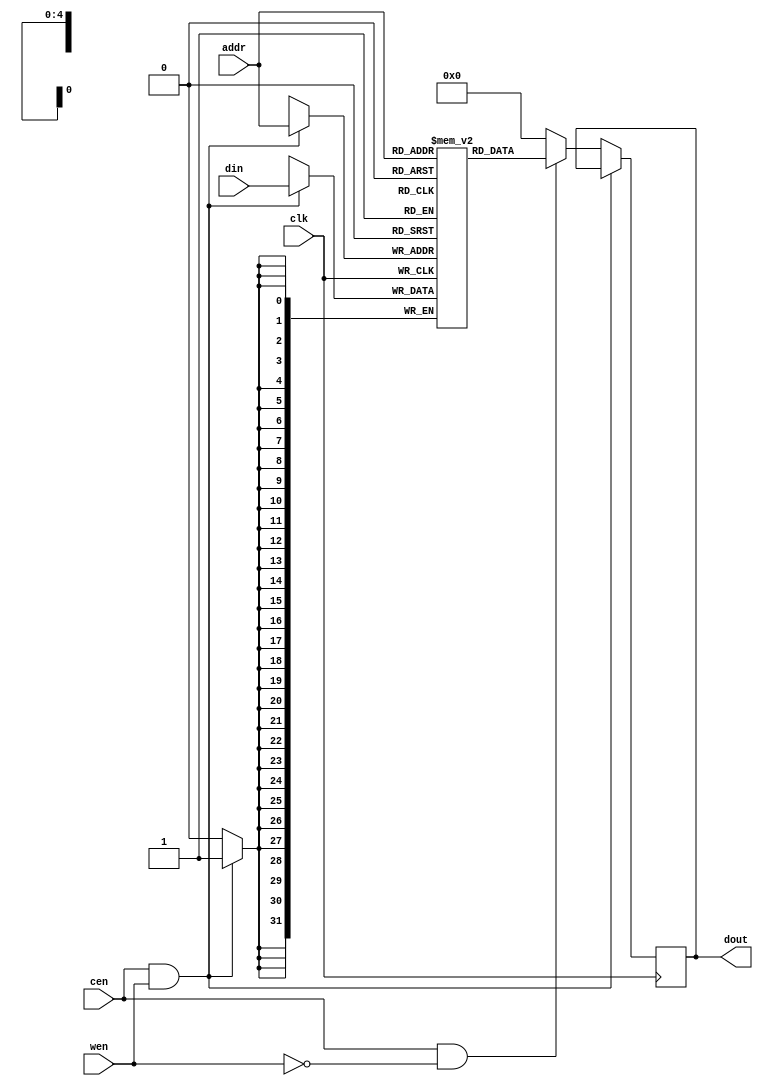
module ram(clk, cen, wen, addr, din, dout);//memory module
	input clk, cen, wen;// clock and enable sign
	input [4:0] addr;//address
	input [31:0] din;//din
	output reg [31:0] dout;//dout
	
	reg [31:0]  	mem 	[0:31];//memory declaration
	
	integer i;//integer
	
	initial begin//memory initialization
		for(i=0; i<32; i=i+1)	begin
			mem[i]=32'h00000000;//memory resets
			end
		end
		
	always @ (posedge clk)//read/write performance
	begin
		if((cen==1)&&(wen==1)) mem[addr]<=din;//write operation
		else if((cen==1)&&(wen==0)) dout<=mem[addr];//read operation
		else dout<=0;//else 0
	end
	
endmodule//endmodule